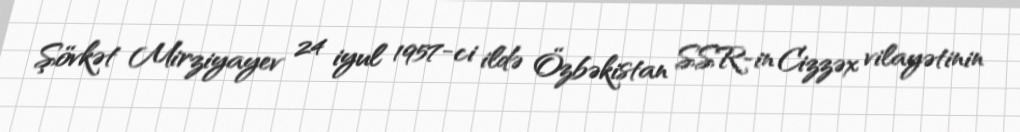
Şövkət Mirziyayev 24 iyul 1957-ci ildə Özbəkistan SSR-in Cizzəx vilayətinin